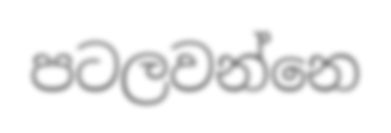
පටලවන්නෙ